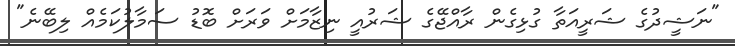
"ނަޝީދުގެ ޝަރީއަތާ ގުޅިގެން ރާއްޖޭގެ ޝަރުއީ ނިޒާމަށް ވަރަށް ބޮޑު ސަމާލުކަމެއް ލިބޭނެ"